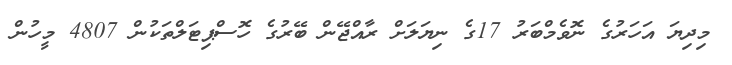
މިދިޔަ އަހަރުގެ ނޮވެމްބަރު 17ގެ ނިޔަލަށް ރާއްޖޭން ބޭރުގެ ހޮސްޕިޓަލްތަކުން 4807 މީހުން